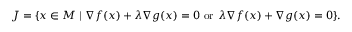
J = \{ x \in M \mid \nabla { f ( x ) } + \lambda \nabla { g ( x ) } = 0 { \mathrm { ~ o r ~ } } \lambda \nabla { f ( x ) } + \nabla { g ( x ) } = 0 \} .